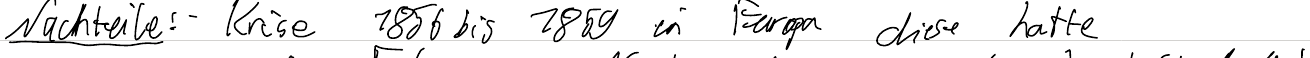
Nachteile: - Krise 1856 bis 1859 in Europa diese hatte